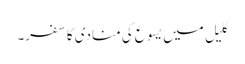
گلیل میں یسوع کی منادی کا سفر۔